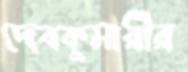
দেবকুমারীর